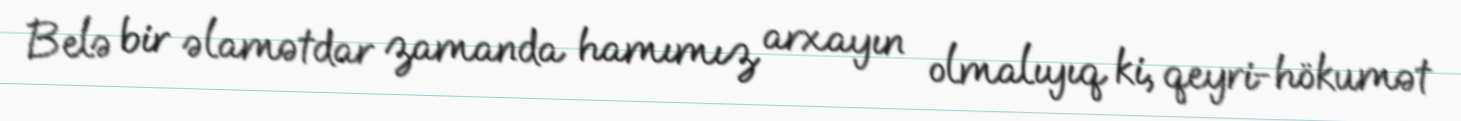
Belə bir əlamətdar zamanda hamımız arxayın olmalıyıq ki, qeyri-hökumət